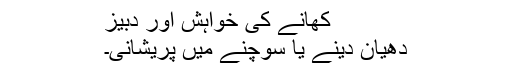
کھانے کی خواہش اور دبیز
دھیان دینے یا سوچنے میں پریشانی۔